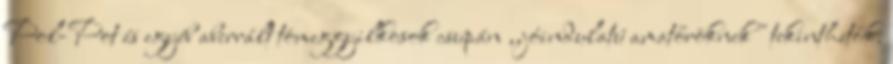
Pol-Pot és egyéb aberrált tömeggyilkosok csupán ,,jóindulatú amatőröknek" tekinthetők.